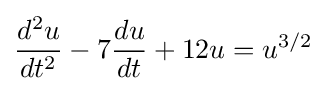
{\frac {d^{2}u}{dt^{2}}}-7{\frac {du}{dt}}+12u=u^{3/2}